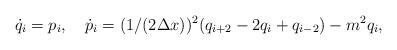
LaTeX: \begin{align*}\dot q_i = p_i, \quad \dot p_i =(1/(2\Delta x))^2(q_{i + 2} - 2q_i + q_{i - 2}) -m^2 q_i,\end{align*}